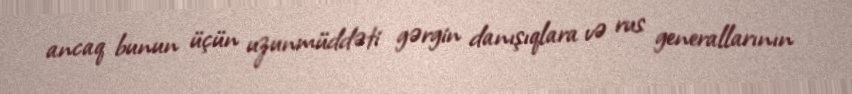
ancaq bunun üçün uzunmüddəti gərgin danışıqlara və rus generallarının